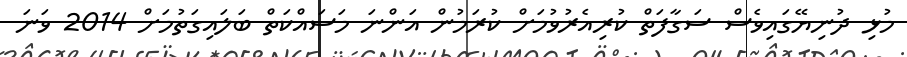
މުޅި ދުނިޔޭގައިވެސް ސަގާފަތް ކުރިއެރުވުމަށް ކުރަމުން އަންނަ މަސައްކަތް ބަލައިގަތުމަށް 2014 ވަނަ